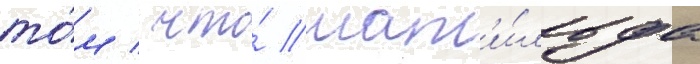
то́м / что́ мат'и́льда